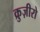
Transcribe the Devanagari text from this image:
क्रुज़ीरो